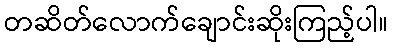
တဆိတ်လောက်ချောင်းဆိုးကြည့်ပါ။